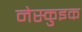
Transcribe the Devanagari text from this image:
नेस्कुइक